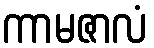
ကာမဇာလံ